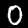
Digit: 0